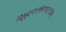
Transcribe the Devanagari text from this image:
शूलमंगलम्‌